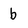
Character: b